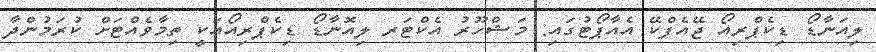
ލިއަނާޑޯ ޑިކެޕްރިއޯ ޖޭއެފްކޭ އެއާޕޯޓުގައި: މަޝްހޫރު އެކްޓަރ ލިއޮނާޑޯ ޑިކެޕްރިއޯއަކީ ތިމާވެއްޓަށް ކުރަމުންދާ